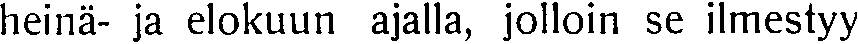
heinä- ja elokuun ajalla, jolloin se ilmestyy